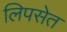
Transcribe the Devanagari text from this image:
लिपसेत